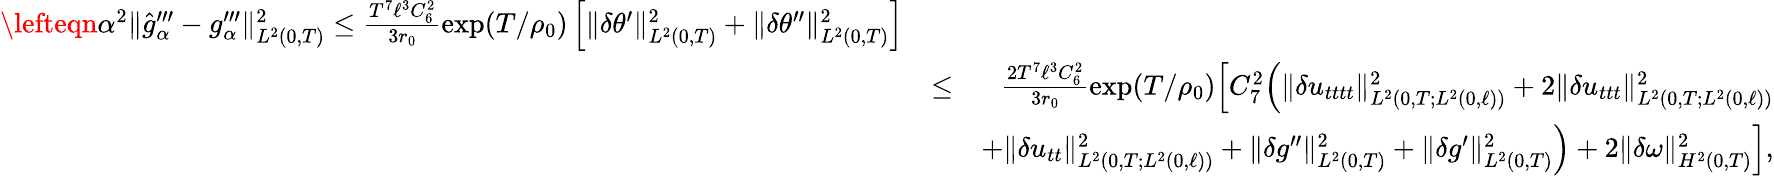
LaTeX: \begin{array}{rlr}{\lefteqn{\alpha^{2}\Vert\widehat{g}_{\alpha}^{\prime\prime\prime}-g_{\alpha}^{\prime\prime\prime}\Vert_{L^{2}(0,T)}^{2}\leq\frac{T^{7}\ell^{3}C_{6}^{2}}{3r_{0}}\exp(T/\rho_{0})\left[\Vert\delta\theta^{\prime}\Vert_{L^{2}(0,T)}^{2}+\Vert\delta\theta^{\prime\prime}\Vert_{L^{2}(0,T)}^{2}\right]}}\\ &{\leq}&{\frac{2T^{7}\ell^{3}C_{6}^{2}}{3r_{0}}\exp(T/\rho_{0})\Big[C_{7}^{2}\Big(\Vert\delta u_{tttt}\Vert_{L^{2}(0,T;L^{2}(0,\ell))}^{2}+2\Vert\delta u_{ttt}\Vert_{L^{2}(0,T;L^{2}(0,\ell))}^{2}}\\ &{}&{+\Vert\delta u_{tt}\Vert_{L^{2}(0,T;L^{2}(0,\ell))}^{2}+\Vert\delta g^{\prime\prime}\Vert_{L^{2}(0,T)}^{2}+\Vert\delta g^{\prime}\Vert_{L^{2}(0,T)}^{2}\Big)+2\Vert\delta\omega\Vert_{H^{2}(0,T)}^{2}\Big],}\end{array}